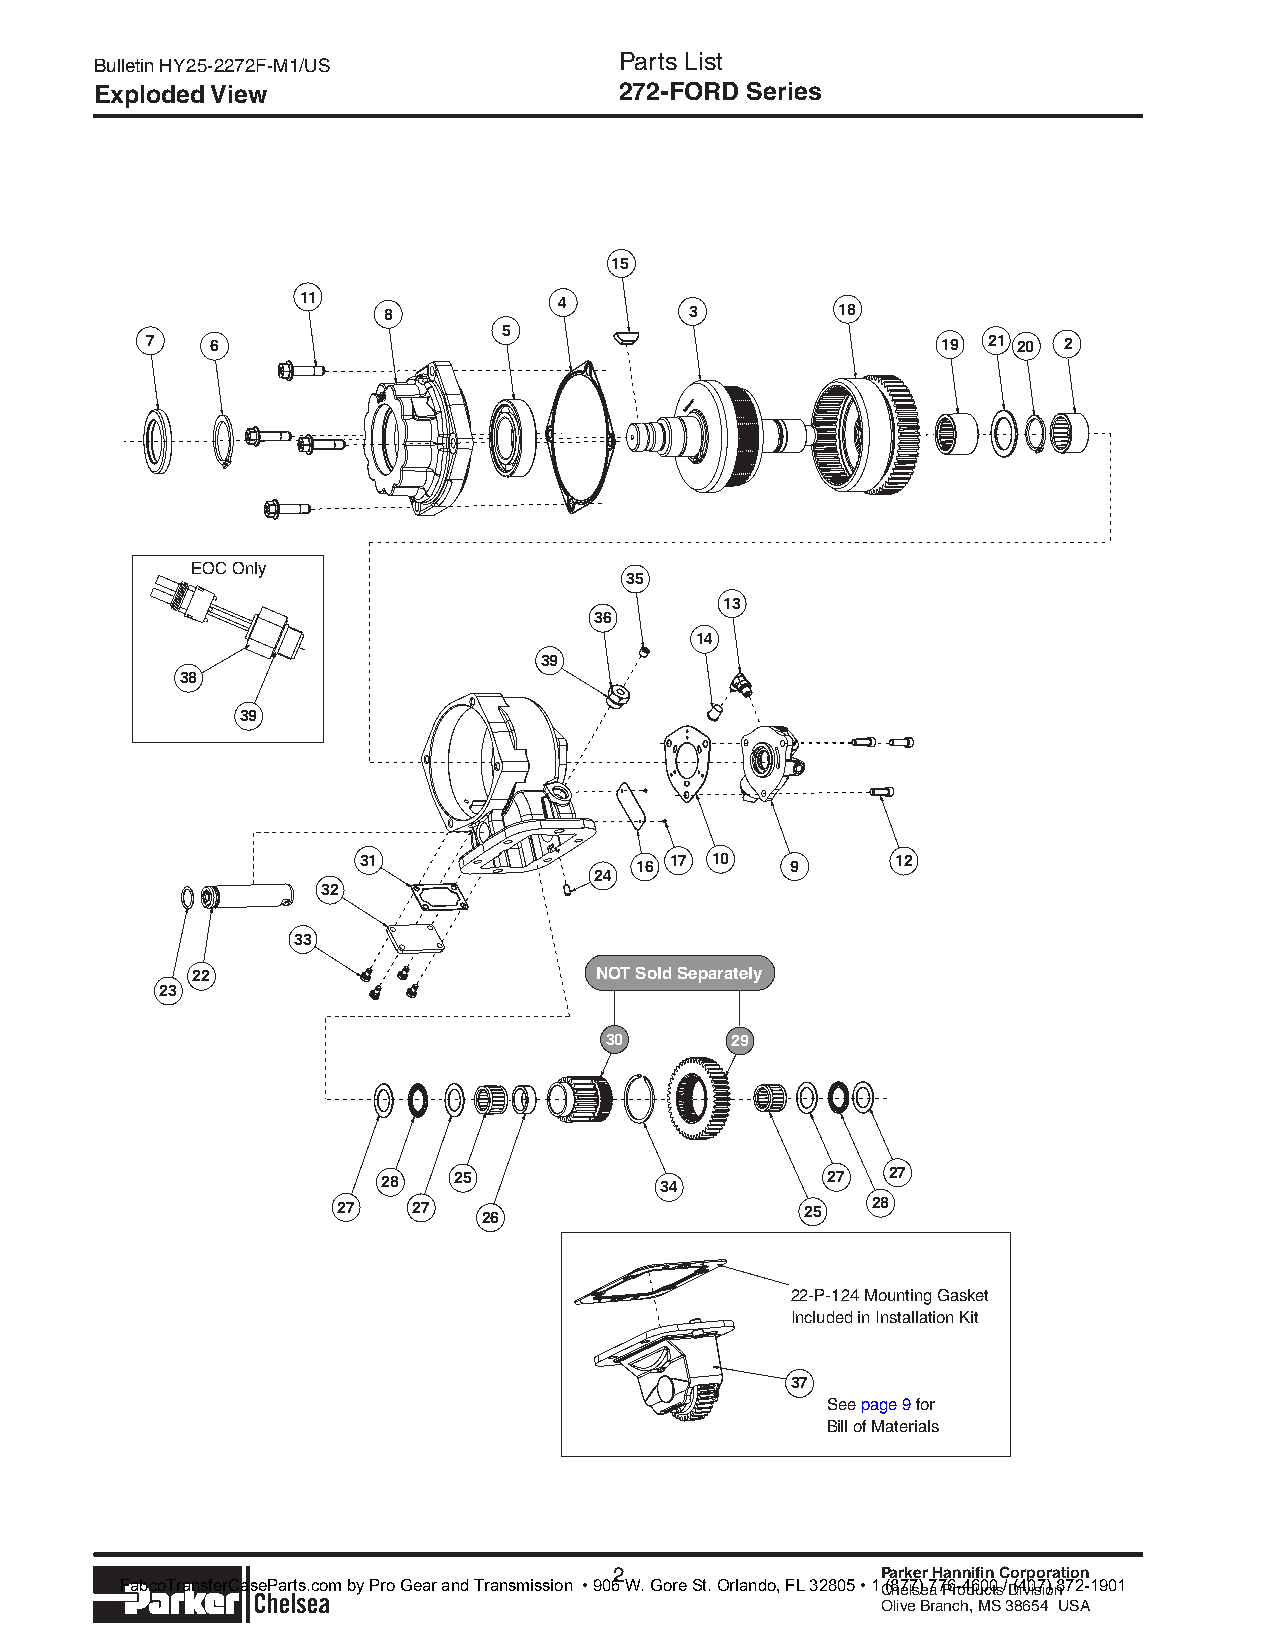
Parts List
 Bulletin HY25-2272F-M1/US
 Exploded View                      272-FORD Series
 15
 11               4
 8                    3        18
 5
 7   6                                               19 21 20 2
 i----------                                    _____ , '
 '                      ------
 EOC Only   ' '
 '                35
 '                      1
 13
 36
 14
 39
 38
 1               _)
 39      ~
 -----         ' ,-' ,-' -------. -- '\ -----~
 31                16 17 10  9      12
 24
 32
 33
 ' ,'_..' '  '.
 22         i"'i         \ NOT Sold Separately
 23
 :---------
 :          ----------~\
 30      29
 '
 '
 '
 '
 ·'- ----- - - -
 28   25            34         27  27
 27   27   26                   25   28
 ~
 22-P-124 Mounting Gasket
 Included in Installation Kit
 37
 See page 9 for
 Bill of Materials
 lchelsea -------2                         Parker Hannifin Corporation
 Parker                                            Chelsea Products Division
 Olive Branch, MS 38654 USA